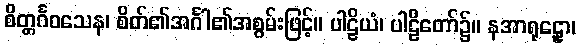
စိတ္တင်္ဂဝသေန၊ စိတ်၏အင်္ဂါ၏အစွမ်းဖြင့်။ ပါဠိယံ၊ ပါဠိတော်၌။ နအာရုဠှော၊